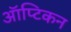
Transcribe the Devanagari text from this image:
ऑप्टिकन